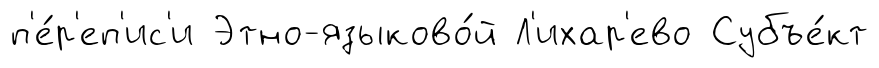
п'е́р'еп'ис'и Этно-языково́й Л'ихар'ево Субъе́кт